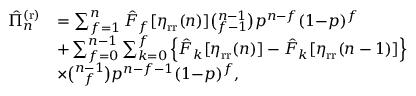
\begin{array} { r l } { \hat { \Pi } _ { n } ^ { \mathrm { ( r ) } } } & { = \sum _ { f = 1 } ^ { n } \hat { F } _ { f } [ \eta _ { \mathrm { r r } } ( n ) ] \binom { n - 1 } { f - 1 } p ^ { n - f } ( 1 { - } p ) ^ { f } } \\ & { + \sum _ { f = 0 } ^ { n - 1 } \sum _ { k = 0 } ^ { f } \Big \{ \hat { F } _ { k } [ \eta _ { \mathrm { r r } } ( n ) ] - \hat { F } _ { k } [ \eta _ { \mathrm { r r } } ( n - 1 ) ] \Big \} } \\ & { \times \binom { n - 1 } { f } p ^ { n - f - 1 } ( 1 { - } p ) ^ { f } , } \end{array}